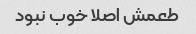
طعمش اصلا خوب نبود